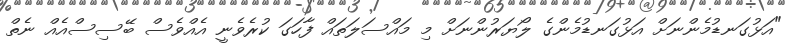
"އަޅުގަނޑުމެންނަށް އަޅުގަނޑުމެންގެ ލޯޔަރުންނަށް މި މައްސަލަތައް ފާހަގަ ކުރެވެނީ އެއްވެސް ބޭސިސްއެއް ނެތް